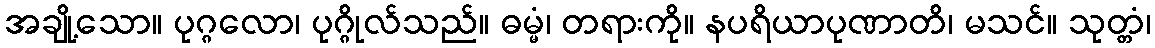
အချို့သော။ ပုဂ္ဂလော၊ ပုဂ္ဂိုလ်သည်။ ဓမ္မံ၊ တရားကို။ နပရိယာပုဏာတိ၊ မသင်။ သုတ္တံ၊